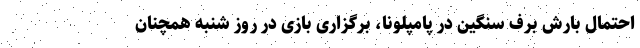
احتمال بارش برف سنگین در پامپلونا، برگزاری بازی در روز شنبه همچنان